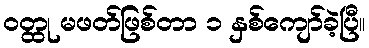
ဝတ္ထု မဖတ်ဖြစ်တာ ၁ နှစ်ကျော်ခဲ့ပြီ။